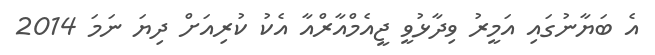
އެ ބަޔާނުގައި އަމީރު ވިދާޅުވީ ޖީއެމްއާރްއާ އެކު ކުރިއަށް ދިޔަ ނަމަ 2014